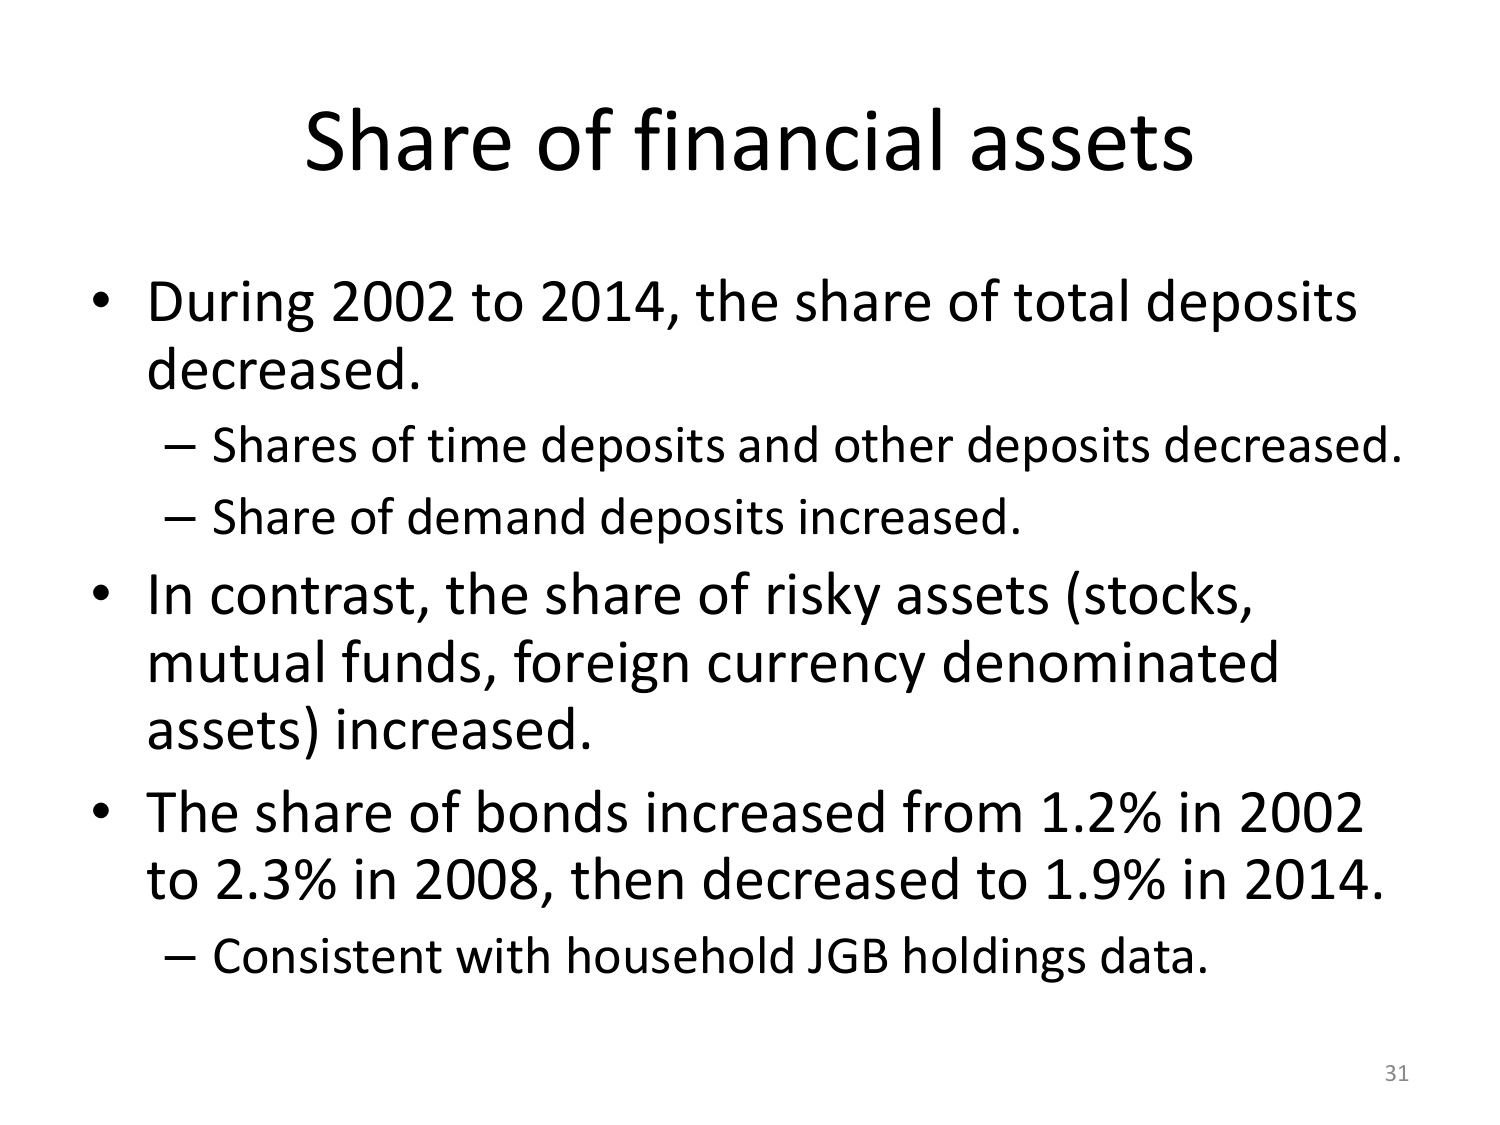
Share of financial assets

• During 2002 to 2014, the share of total deposits decreased.
– Shares of time deposits and other deposits decreased.
– Share of demand deposits increased.

• In contrast, the share of risky assets (stocks, mutual funds, foreign currency denominated assets) increased.

• The share of bonds increased from 1.2% in 2002 to 2.3% in 2008, then decreased to 1.9% in 2014.
– Consistent with household JGB holdings data.

31